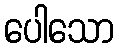
ပေါသော